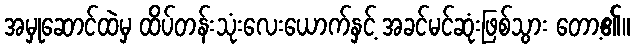
အမှုဆောင်ထဲမှ ထိပ်တန်းသုံးလေးယောက်နှင့် အခင်မင်ဆုံးဖြစ်သွား တော့၏။